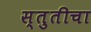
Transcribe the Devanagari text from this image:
स्तुतीचा